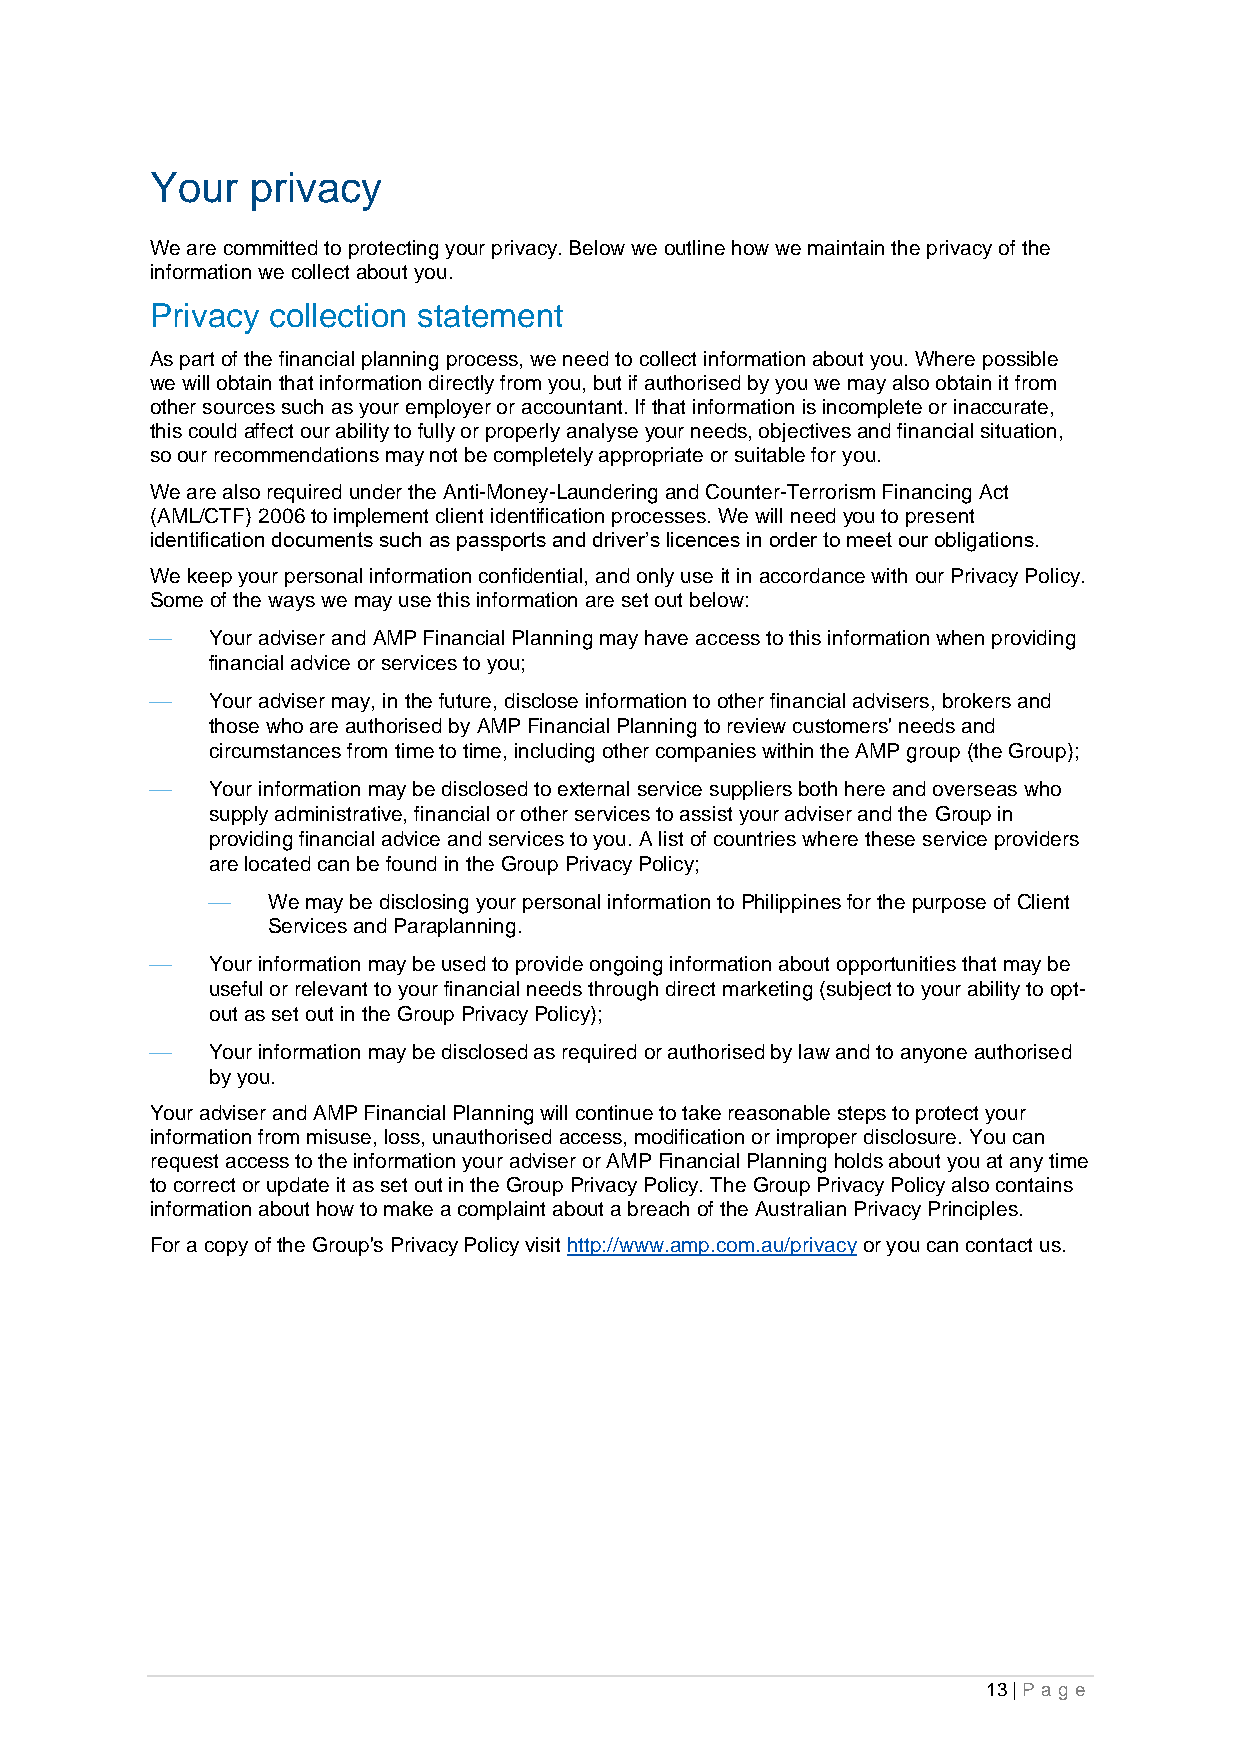
Your   privacy
 We are committed to protecting your privacy. Below we outline how we maintain the privacy of the
 information we collect about you.
 Privacy collection statement
 As part of the financial planning process, we need to collect information about you. Where possible
 we will obtain that information directly from you, but if authorised by you we may also obtain it from
 other sources such as your employer or accountant. If that information is incomplete or inaccurate,
 this could affect our ability to fully or properly analyse your needs, objectives and financial situation,
 so our recommendations may not be completely appropriate or suitable for you.
 We are also required under the Anti-Money-Laundering and Counter-Terrorism Financing Act
 (AML/CTF) 2006 to implement client identification processes. We will need you to present
 identification documents such as passports and driver’s licences in order to meet our obligations.
 We keep your personal information confidential, and only use it in accordance with our Privacy Policy.
 Some of the ways we may use this information are set out below:
 ⎯   Your adviser and AMP Financial Planning may have access to this information when providing
 financial advice or services to you;
 ⎯   Your adviser may, in the future, disclose information to other financial advisers, brokers and
 those who are authorised by AMP Financial Planning to review customers' needs and
 circumstances from time to time, including other companies within the AMP group (the Group);
 ⎯   Your information may be disclosed to external service suppliers both here and overseas who
 supply administrative, financial or other services to assist your adviser and the Group in
 providing financial advice and services to you. A list of countries where these service providers
 are located can be found in the Group Privacy Policy;
 ⎯   We may be disclosing your personal information to Philippines for the purpose of Client
 Services and Paraplanning.
 ⎯   Your information may be used to provide ongoing information about opportunities that may be
 useful or relevant to your financial needs through direct marketing (subject to your ability to opt-
 out as set out in the Group Privacy Policy);
 ⎯   Your information may be disclosed as required or authorised by law and to anyone authorised
 by you.
 Your adviser and AMP Financial Planning will continue to take reasonable steps to protect your
 information from misuse, loss, unauthorised access, modification or improper disclosure. You can
 request access to the information your adviser or AMP Financial Planning holds about you at any time
 to correct or update it as set out in the Group Privacy Policy. The Group Privacy Policy also contains
 information about how to make a complaint about a breach of the Australian Privacy Principles.
 For a copy of the Group's Privacy Policy visit http://www.amp.com.au/privacy or you can contact us.
 13 | Pa g e